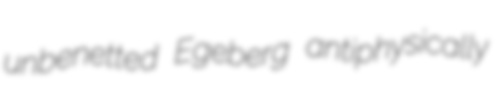
unbenetted Egeberg antiphysically